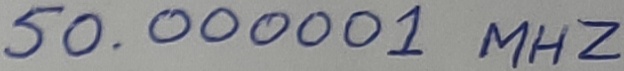
Text: 50.00001 MHZ